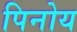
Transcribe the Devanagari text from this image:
पिनोय